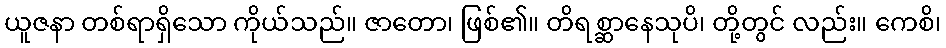
ယူဇနာ တစ်ရာရှိသော ကိုယ်သည်။ ဇာတော၊ ဖြစ်၏။ တိရစ္ဆာနေသုပိ၊ တို့တွင် လည်း။ ကေစိ၊